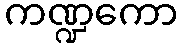
ကဏ္ဍကော